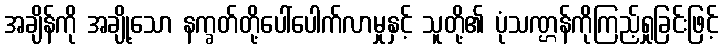
အချိန်ကို အချို့သော နက္ခတ်တို့ပေါ်ပေါက်လာမှုနှင့် သူတို့၏ ပုံသဏ္ဌန်ကိုကြည့်ရှုခြင်းဖြင့်